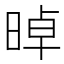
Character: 晫